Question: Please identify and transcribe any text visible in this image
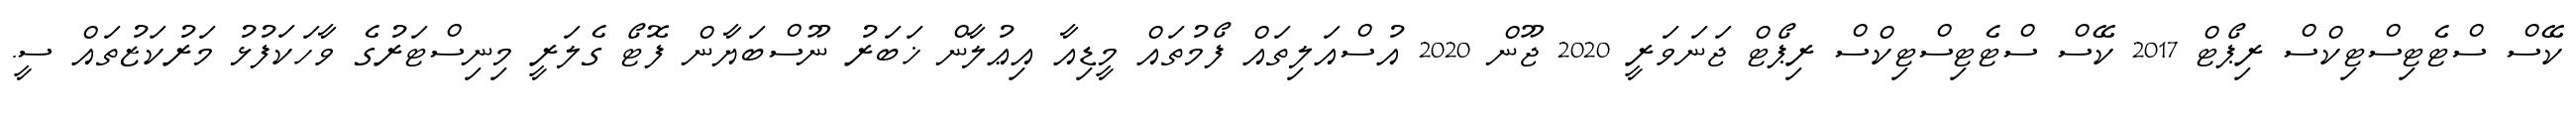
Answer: ކޭސް ސްޓެޓިސްޓިކްސް ރިޕޯޓް 2017 ކޭސް ސްޓެޓިސްޓިކްސް ރިޕޯޓް ޖަނަވަރީ 2020 ޖޫން 2020 އުސްއަލިތައް ފޯމުތައް މީޑިއާ އިޢުލާން ޚަބަރު ނޫސްބަޔާން ފޮޓޯ ގެލަރީ މިނިސްޓަރުގެ ވާހަކަފުޅު މަރުކަޒުތައް ސީ.